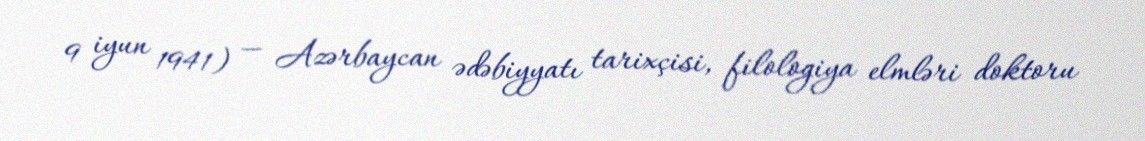
9 iyun 1941) — Azərbaycan ədəbiyyatı tarixçisi, filologiya elmləri doktoru